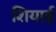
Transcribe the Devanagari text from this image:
शियाई